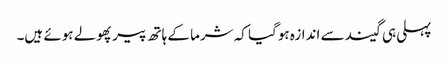
پہلی ہی گیند سے اندازہ ہوگیا کہ شرما کے ہاتھ پیر پھولے ہوئے ہیں۔